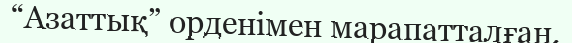
“Азаттық” орденімен марапатталған.